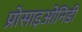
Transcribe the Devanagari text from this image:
प्रोसाइओनिडी